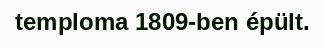
temploma 1809-ben épült.